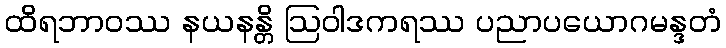
ထိရဘာဝဿ နယနန္တိ ဩဝါဒကရဿ ပညာပယောဂမန္ဒတံ